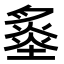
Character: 𡐩